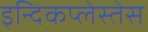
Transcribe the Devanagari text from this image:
इन्दिकप्लेस्तेस